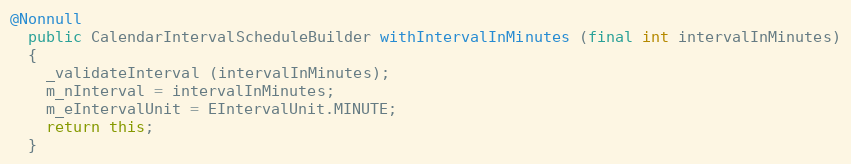
Language: Java
@Nonnull
  public CalendarIntervalScheduleBuilder withIntervalInMinutes (final int intervalInMinutes)
  {
    _validateInterval (intervalInMinutes);
    m_nInterval = intervalInMinutes;
    m_eIntervalUnit = EIntervalUnit.MINUTE;
    return this;
  }